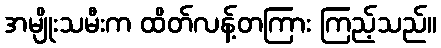
အမျိုးသမီးက ထိတ်လန့်တကြား ကြည့်သည်။